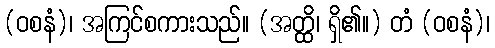
(ဝစနံ)၊ အကြင်စကားသည်။ (အတ္ထိ၊ ရှိ၏။) တံ (ဝစနံ)၊